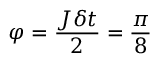
\varphi = \frac { J \delta t } { 2 } = \frac { \pi } { 8 }